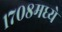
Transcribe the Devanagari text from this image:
१७०८मध्ये